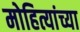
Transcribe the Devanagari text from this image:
मोहित्यांच्या